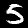
Digit: 5